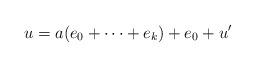
LaTeX: \begin{align*}u= a(e_0 + \dots + e_k)+e_0 + u'\end{align*}